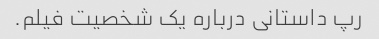
رپ داستانی درباره یک شخصیت فیلم.